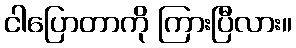
ငါပြောတာကို ကြားပြီလား။